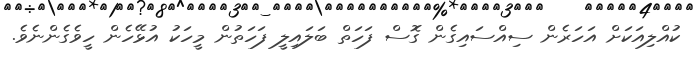
ކުއްލިއަކަށް އަހަރެން ސިއްސައިގެން ގޮސް ފަހަތް ބަލައިލީ ފަހަތުން މީހަކު އުޅޭހެން ހީވެގެންނެވެ.